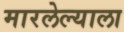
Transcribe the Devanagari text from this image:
मारलेल्‍याला